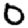
Digit: 0